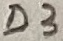
Text: D3